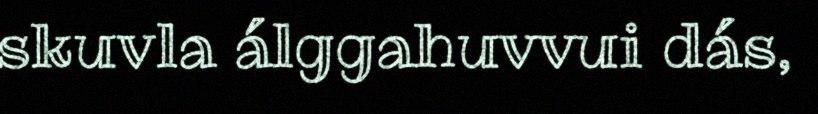
skuvla álggahuvvui dás,